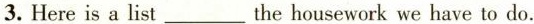
3.Here is a list__the housework we have to do.